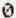
0